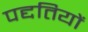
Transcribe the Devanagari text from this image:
पद्दतियों